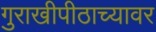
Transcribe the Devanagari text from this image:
गुराखीपीठाच्यावर